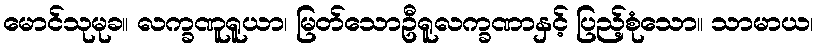
မောင်သုမုခ။ လက္ခဏူရူယာ၊ မြတ်သောဦရူလက္ခဏာနှင့် ပြည့်စုံသော။ သာမာယ၊